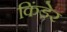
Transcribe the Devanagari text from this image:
किंडेर